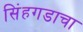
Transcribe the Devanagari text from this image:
सिंहगडाचा